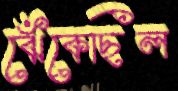
ঝেঁকেছিল